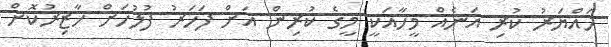
ހައްޔަރު ކުރި އަނެއް މީހާއަކީ މީގެ ކުރިން އަށް ފަހަރު ފުލުހަށް ހާޒިރުކޮށް